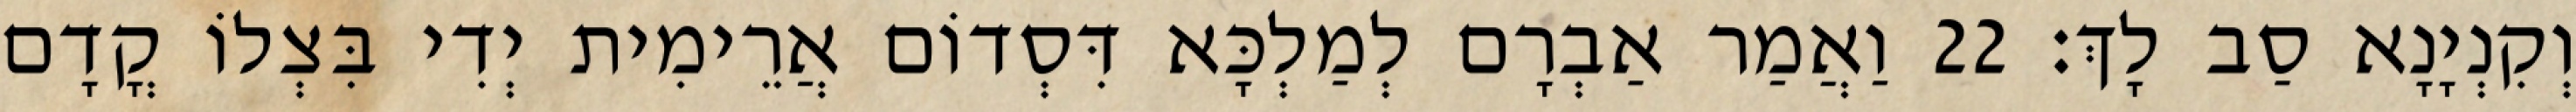
וְקִנְיָנָא סַב לָךְ׃ 22 וַאֲמַר אַבְרָם לְמַלְכָּא דִּסְדוֹם אֲרֵימִית יְדִי בִּצְלוֹ קֳדָם